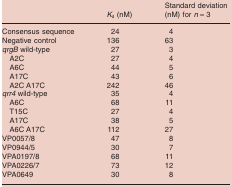
<table><thead><tr><td></td><td><b><i>K</i><sub>d</sub> (nM)</b></td><td><b>Standard deviation (nM) for <i>n</i> = 3</b></td></tr></thead><tbody><tr><td>Consensus sequence</td><td>24</td><td>4</td></tr><tr><td>Negative control</td><td>136</td><td>63</td></tr><tr><td><i>qrgB</i> wild-type</td><td>27</td><td>3</td></tr><tr><td> A2C</td><td>27</td><td>4</td></tr><tr><td> A6C</td><td>44</td><td>5</td></tr><tr><td> A17C</td><td>43</td><td>6</td></tr><tr><td> A2C A17C</td><td>242</td><td>46</td></tr><tr><td><i>qrr4</i> wild-type</td><td>35</td><td>4</td></tr><tr><td> A6C</td><td>68</td><td>11</td></tr><tr><td> T15C</td><td>27</td><td>4</td></tr><tr><td> A17C</td><td>38</td><td>5</td></tr><tr><td> A6C A17C</td><td>112</td><td>27</td></tr><tr><td>VP0057/8</td><td>47</td><td>8</td></tr><tr><td>VP0944/5</td><td>30</td><td>7</td></tr><tr><td>VPA0197/8</td><td>68</td><td>11</td></tr><tr><td>VPA0226/7</td><td>73</td><td>12</td></tr><tr><td>VPA0649</td><td>30</td><td>8</td></tr></tbody></table>